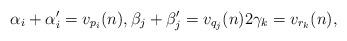
LaTeX: \begin{align*}\alpha_i+\alpha_i'=v_{p_i}(n), \beta_j+\beta_j'=v_{q_j}(n) 2\gamma_k=v_{r_k}(n),\end{align*}